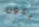
يكون